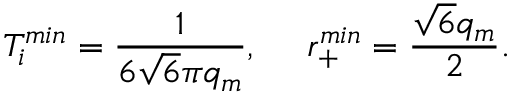
T _ { i } ^ { m i n } = \frac { 1 } { 6 \sqrt { 6 } \pi q _ { m } } , ~ ~ ~ ~ r _ { + } ^ { m i n } = \frac { \sqrt { 6 } q _ { m } } { 2 } .